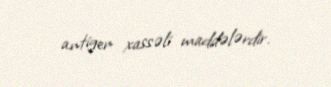
antigen xassəli maddələrdir.